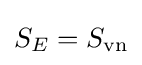
S_{E}=S_{\text{vn}}